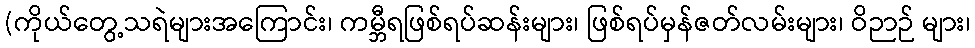
(ကိုယ်တွေ့သရဲများအကြောင်း၊ ကမ္ဘီရဖြစ်ရပ်ဆန်းများ၊ ဖြစ်ရပ်မှန်ဇတ်လမ်းများ၊ ဝိဉာဉ် များ၊